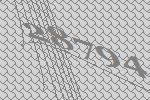
28794